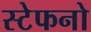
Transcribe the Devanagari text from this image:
स्टेफनो